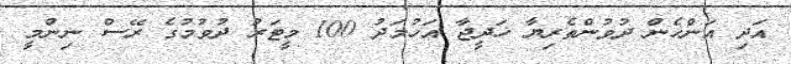
އަދި އަންހެން ދުވުންތެރިޔާ ޚަދީޖާ އަހުމަދު 100 މީޓަރު ދުވުމުގެ ރޭސް ނިންމީ